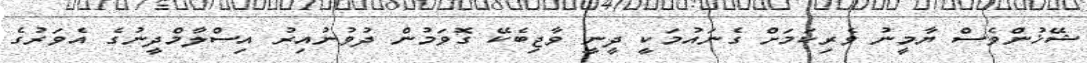
ޝޭޚުންވެސް ޔާމީނު ވެރިކަމަށް ގެނައުމަކީ ދީނީ ވާޖިބެކޭ ގޮވަމުން ދުވުނުއިރު އިސްލާމްދީނުގެ އެވަރުގެ